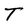
Character: T